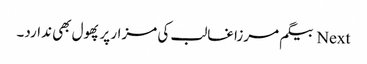
Next بیگم مرزا غالب کی مزار پر پھول بھی ندارد۔